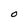
Character: O